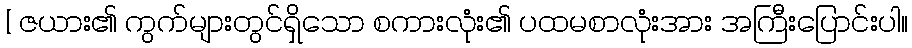
[ ဇယား၏ ကွက်များတွင်ရှိသော စကားလုံး၏ ပထမစာလုံးအား အကြီးပြောင်းပါ။